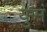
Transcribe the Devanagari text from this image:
युग्मं